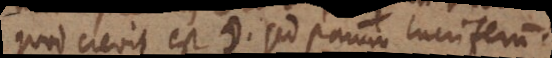
quod crevit est ☽. Sed parum lucriferum.